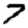
Digit: 7